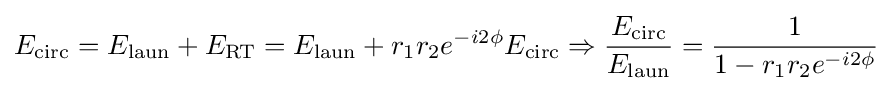
E_{\rm {circ}}=E_{\rm {laun}}+E_{\rm {RT}}=E_{\rm {laun}}+r_{1}r_{2}e^{-i2\phi }E_{\rm {circ}}\Rightarrow {\frac {E_{\rm {circ}}}{E_{\rm {laun}}}}={\frac {1}{1-r_{1}r_{2}e^{-i2\phi }}}